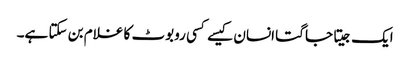
ایک جیتا جاگتا انسان کیسے کسی روبوٹ کا غلام بن سکتا ہے۔